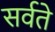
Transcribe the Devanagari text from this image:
सर्वते